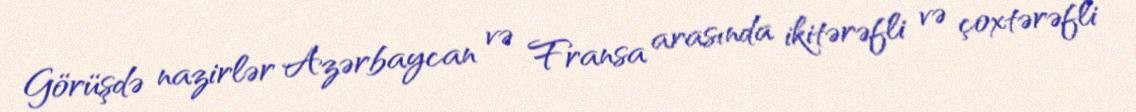
Görüşdə nazirlər Azərbaycan və Fransa arasında ikitərəfli və çoxtərəfli